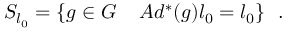
S _ { l _ { 0 } } = \{ g \in G \ \, \ \ A d ^ { * } ( g ) l _ { 0 } = l _ { 0 } \} \ \ .